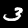
Digit: 3